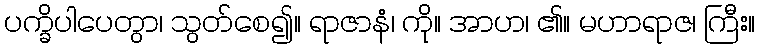
ပက္ခိပါပေတွာ၊ သွတ်စေ၍။ ရာဇာနံ၊ ကို။ အာဟ၊ ၏။ မဟာရာဇ၊ ကြီး။